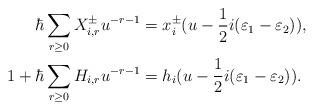
LaTeX: \begin{align*}\hbar \sum_{r \geq 0} X_{i,r}^{\pm} u^{-r-1} &= x_i^{\pm}(u - \dfrac{1}{2}i(\varepsilon_1 - \varepsilon_2)), \\1 + \hbar \sum_{r \geq 0} H_{i,r} u^{-r-1} &= h_i(u - \dfrac{1}{2}i(\varepsilon_1 - \varepsilon_2)).\end{align*}